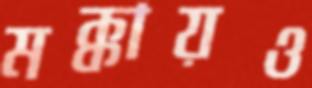
মক্কায়ও